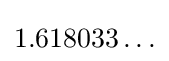
1.618033\ldots